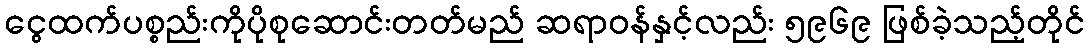
ငွေထက်ပစ္စည်းကိုပိုစုဆောင်းတတ်မည် ဆရာဝန်နှင့်လည်း ၅၉၆၉ ဖြစ်ခဲ့သည့်တိုင်